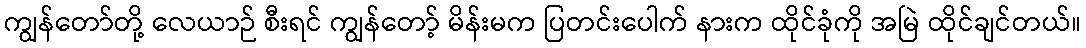
ကျွန်တော်တို့ လေယာဉ် စီးရင် ကျွန်တော့် မိန်းမက ပြတင်းပေါက် နားက ထိုင်ခုံကို အမြဲ ထိုင်ချင်တယ်။